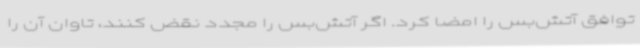
توافق آتش‌بس را امضا کرد. اگر آتش‌بس را مجدد نقض کنند، تاوان آن را